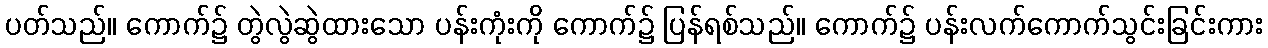
ပတ်သည်။ ကောက်၌ တွဲလွဲဆွဲထားသော ပန်းကုံးကို ကောက်၌ ပြန်ရစ်သည်။ ကောက်၌ ပန်းလက်ကောက်သွင်းခြင်းကား